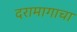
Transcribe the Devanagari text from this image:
दरामागाचा